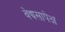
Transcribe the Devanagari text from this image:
वेद्यसापेक्ष